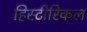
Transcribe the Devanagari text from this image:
हिस्टीरिकल